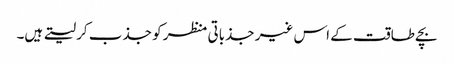
بچے طاقت کے اس غیر جذباتی منظر کو جذب کر لیتے ہیں۔